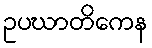
ဥပဃာတိကေန